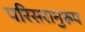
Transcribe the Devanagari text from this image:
परिसरानुरूप